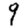
Digit: 9